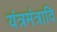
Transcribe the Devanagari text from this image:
यंत्रमंत्रादि